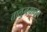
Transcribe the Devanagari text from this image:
तालु्नयातून